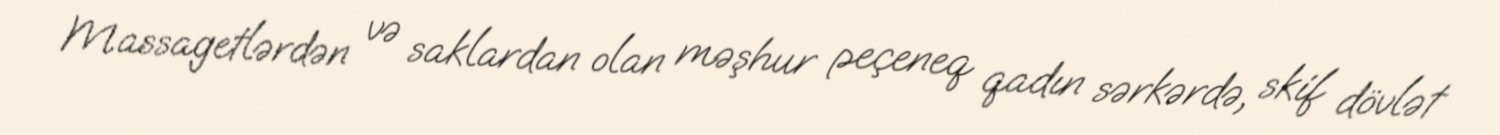
Massagetlərdən və saklardan olan məşhur peçeneq qadın sərkərdə, skif dövlət